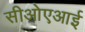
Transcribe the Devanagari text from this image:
सीओएआई